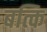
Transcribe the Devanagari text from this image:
बत्कि